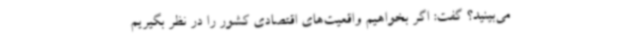
می‌بینید؟ گفت: اگر بخواهیم واقعیت‌های اقتصادی کشور را در نظر بگیریم